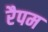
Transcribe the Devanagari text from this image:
रैपम